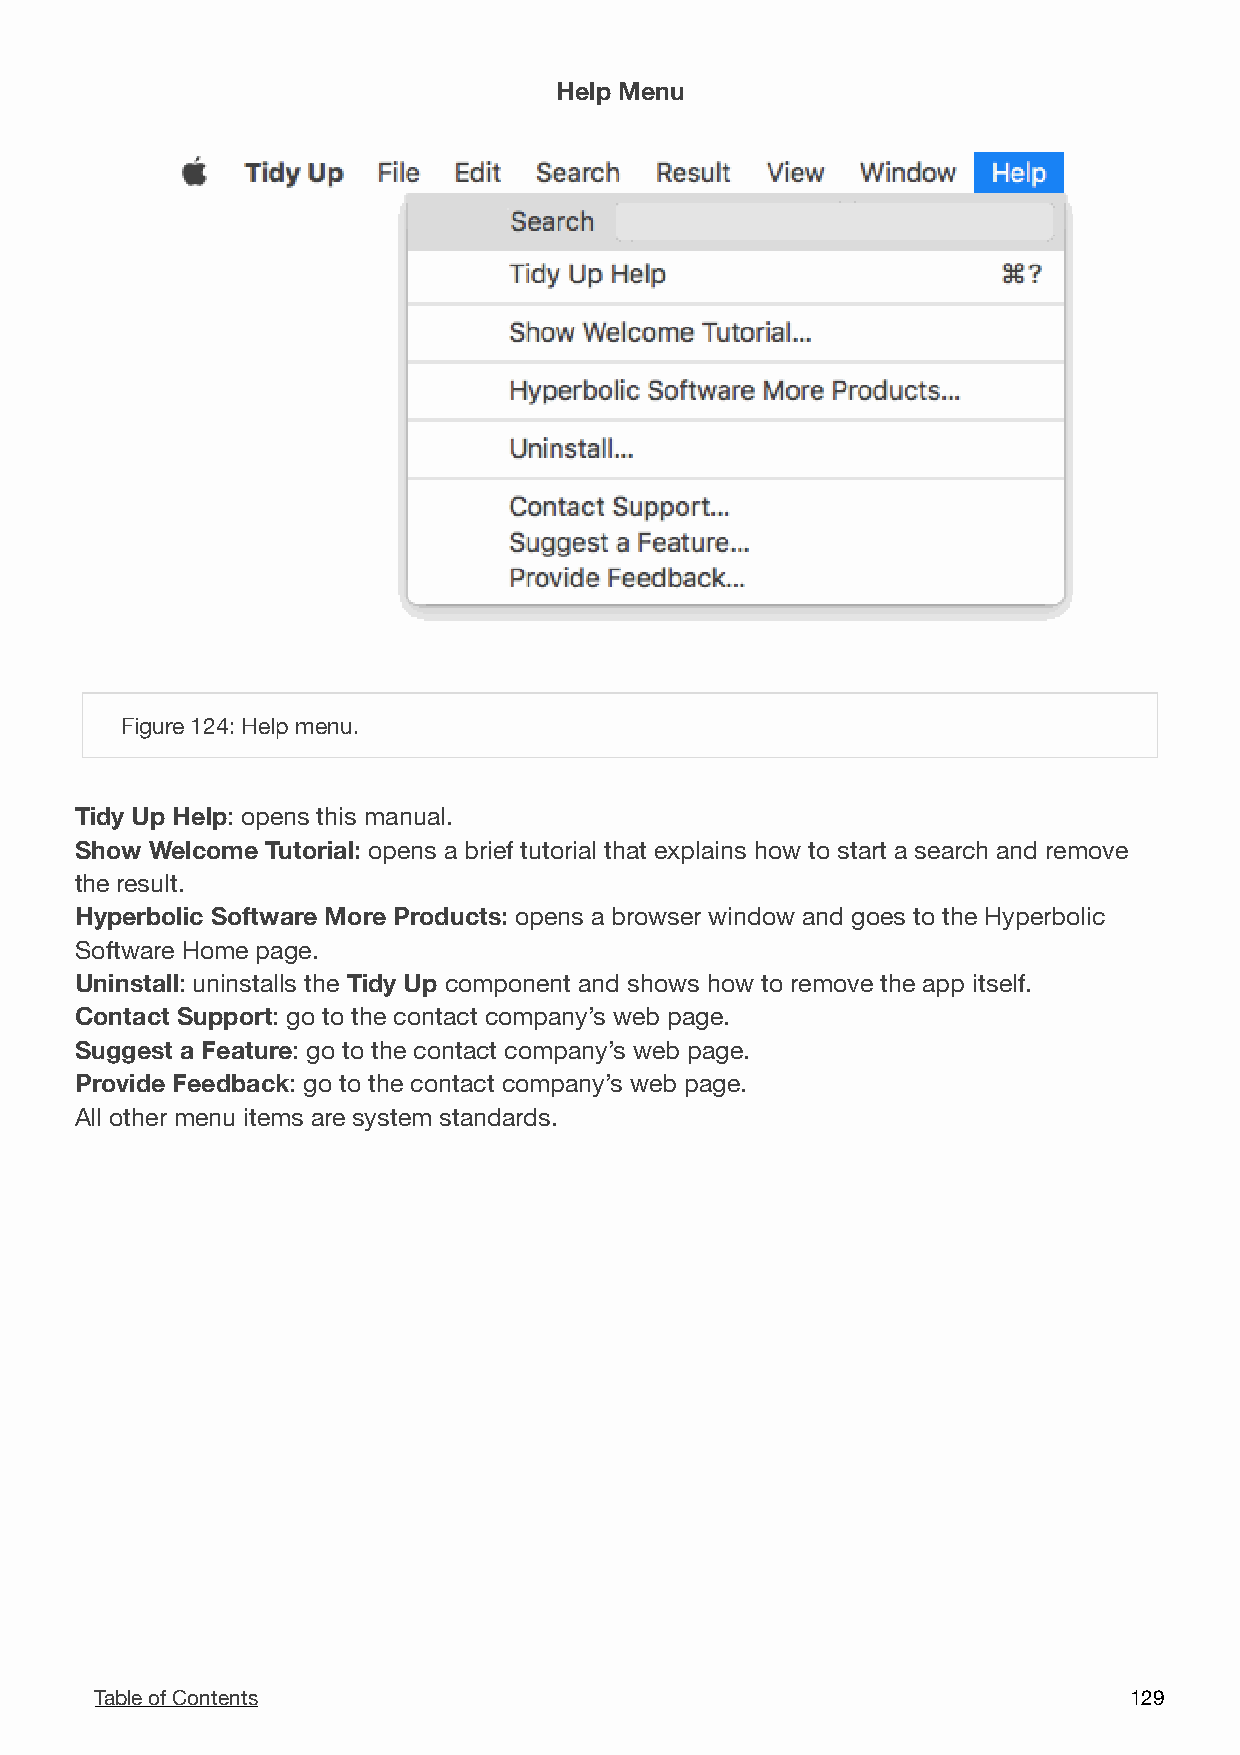
Help Menu
 !
 Figure 124: Help menu.
 Tidy Up Help: opens this manual.
 Show Welcome Tutorial: opens a brief tutorial that explains how to start a search and remove
 the result.
 Hyperbolic Software More Products: opens a browser window and goes to the Hyperbolic
 Software Home page.
 Uninstall: uninstalls the Tidy Up component and shows how to remove the app itself.
 Contact Support: go to the contact company’s web page.
 Suggest a Feature: go to the contact company’s web page.
 Provide Feedback: go to the contact company’s web page.
 All other menu items are system standards.
 Table of Contents                                                    1 29